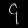
Digit: ၄